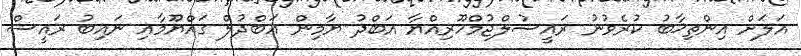
އަލަށް އިންތިޚާބު ކުރެވުނު ރައީސުލްޖުމްހޫރިއްޔާ އަބްދު ޔާމިން ޢަބްދުލް ގައްޔޫމާއި ނައިބު ރައީސް